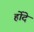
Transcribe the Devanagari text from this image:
र्होदे